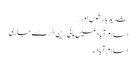
شدید بارشوں اور…
اسلام آباد میں ہائی رین الرٹ جاری
اسلام آباد۔